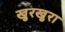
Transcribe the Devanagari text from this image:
खुरखुरा